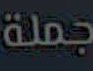
جملة